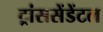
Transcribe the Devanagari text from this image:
ट्रांससेंडेंटल